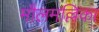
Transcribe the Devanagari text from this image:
मौलमल्लिका